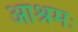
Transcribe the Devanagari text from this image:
आश्रमः